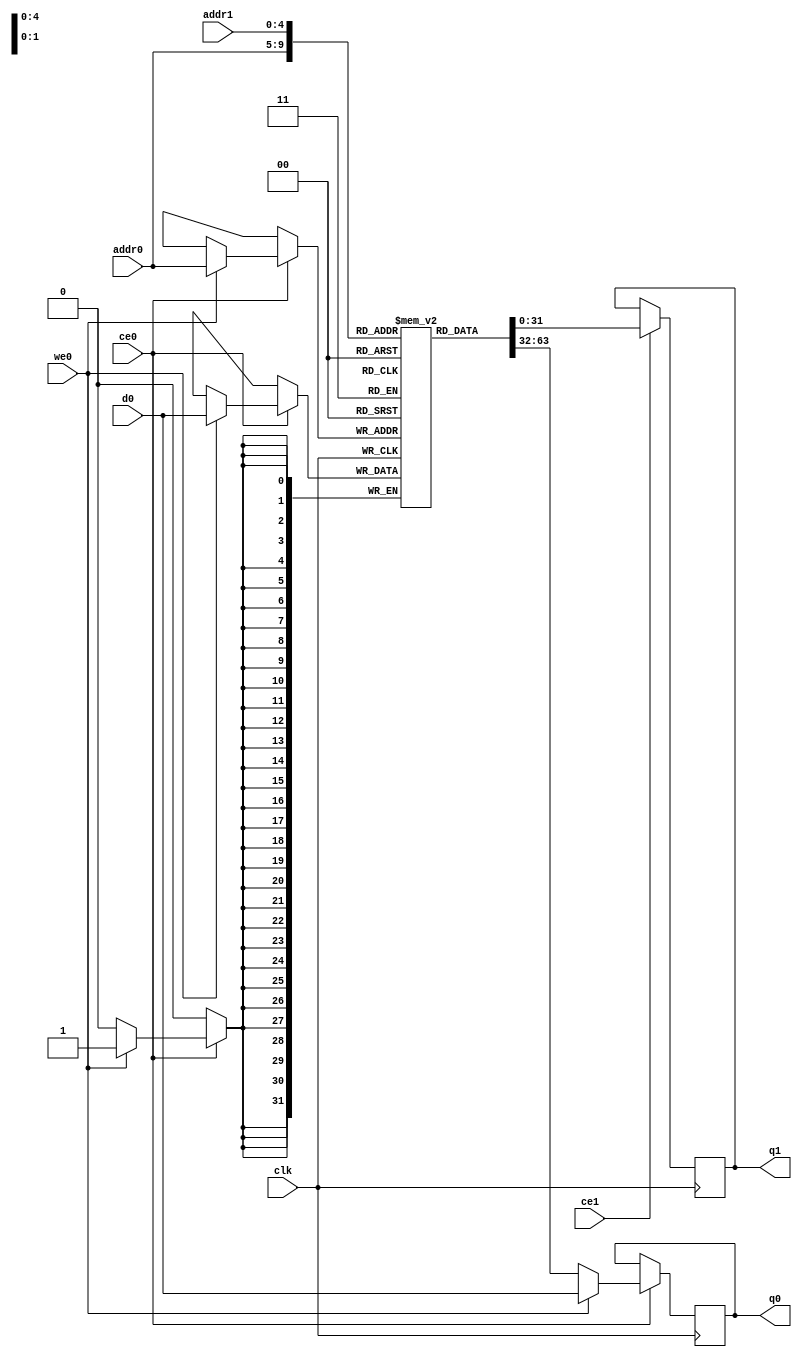
// ==============================================================
// File generated by Vivado(TM) HLS - High-Level Synthesis from C, C++ and SystemC
// Version: 2017.4.op
// Copyright (C) 1986-2018 Xilinx, Inc. All Rights Reserved.
// 
// ==============================================================

`timescale 1 ns / 1 ps
module sw_maxscore_readRefPacked_0_ram (addr0, ce0, d0, we0, q0, addr1, ce1, q1,  clk);

parameter DWIDTH = 32;
parameter AWIDTH = 5;
parameter MEM_SIZE = 24;

input[AWIDTH-1:0] addr0;
input ce0;
input[DWIDTH-1:0] d0;
input we0;
output reg[DWIDTH-1:0] q0;
input[AWIDTH-1:0] addr1;
input ce1;
output reg[DWIDTH-1:0] q1;
input clk;

(* ram_style = "distributed" *)reg [DWIDTH-1:0] ram[0:MEM_SIZE-1];




always @(posedge clk)  
begin 
    if (ce0) 
    begin
        if (we0) 
        begin 
            ram[addr0] <= d0; 
            q0 <= d0;
        end 
        else 
            q0 <= ram[addr0];
    end
end


always @(posedge clk)  
begin 
    if (ce1) 
    begin
            q1 <= ram[addr1];
    end
end


endmodule


`timescale 1 ns / 1 ps
module sw_maxscore_readRefPacked_0(
    reset,
    clk,
    address0,
    ce0,
    we0,
    d0,
    q0,
    address1,
    ce1,
    q1);

parameter DataWidth = 32'd32;
parameter AddressRange = 32'd24;
parameter AddressWidth = 32'd5;
input reset;
input clk;
input[AddressWidth - 1:0] address0;
input ce0;
input we0;
input[DataWidth - 1:0] d0;
output[DataWidth - 1:0] q0;
input[AddressWidth - 1:0] address1;
input ce1;
output[DataWidth - 1:0] q1;



sw_maxscore_readRefPacked_0_ram sw_maxscore_readRefPacked_0_ram_U(
    .clk( clk ),
    .addr0( address0 ),
    .ce0( ce0 ),
    .d0( d0 ),
    .we0( we0 ),
    .q0( q0 ),
    .addr1( address1 ),
    .ce1( ce1 ),
    .q1( q1 ));

endmodule